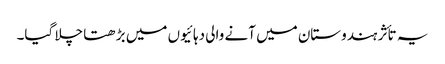
یہ تأثر ہندوستان میں آنے والی دہائیوں میں بڑھتا چلا گیا۔